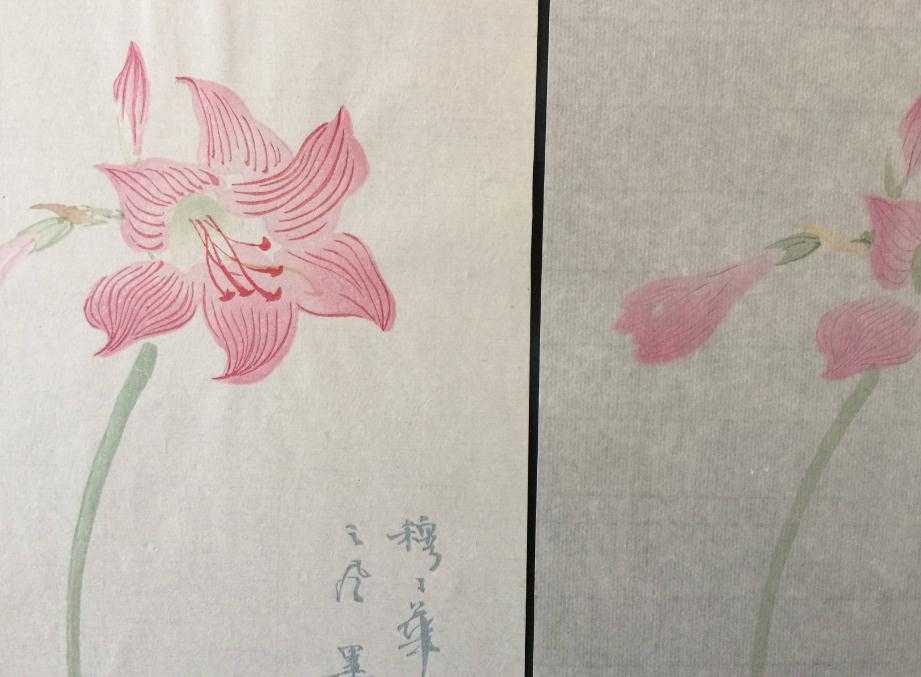
相思本是无凭语，莫向花笺费泪行。